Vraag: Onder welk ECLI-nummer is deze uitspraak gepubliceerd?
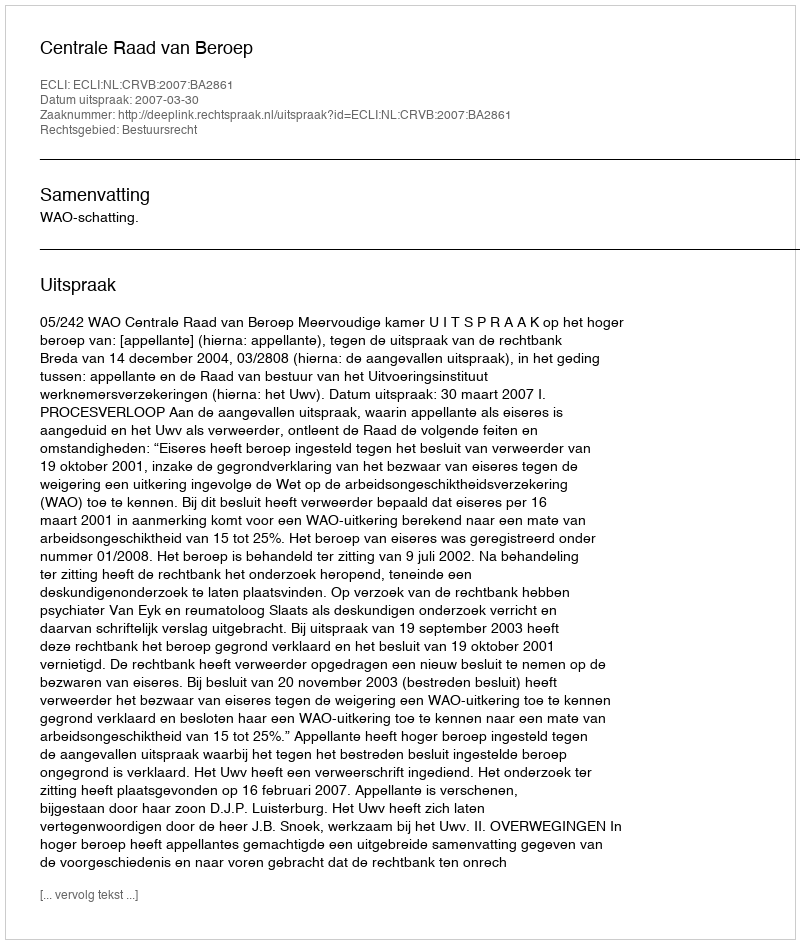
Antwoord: ECLI:NL:CRVB:2007:BA2861